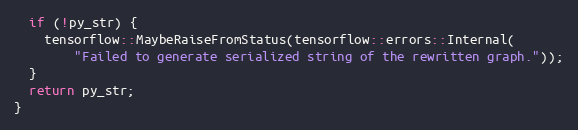
Language: C++
  if (!py_str) {
    tensorflow::MaybeRaiseFromStatus(tensorflow::errors::Internal(
        "Failed to generate serialized string of the rewritten graph."));
  }
  return py_str;
}